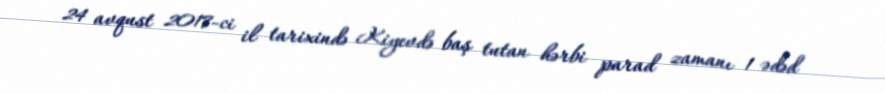
24 avqust 2017-ci il tarixində Kiyevdə baş tutan hərbi parad zamanı 1 ədəd